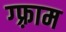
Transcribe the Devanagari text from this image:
ग्फ़्राम